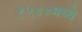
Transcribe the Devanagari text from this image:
१५४०मध्ये